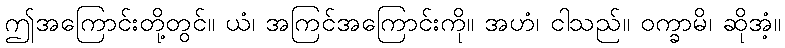
ဤအကြောင်းတို့တွင်။ ယံ၊ အကြင်အကြောင်းကို။ အဟံ၊ ငါသည်။ ဝက္ခာမိ၊ ဆိုအံ့။